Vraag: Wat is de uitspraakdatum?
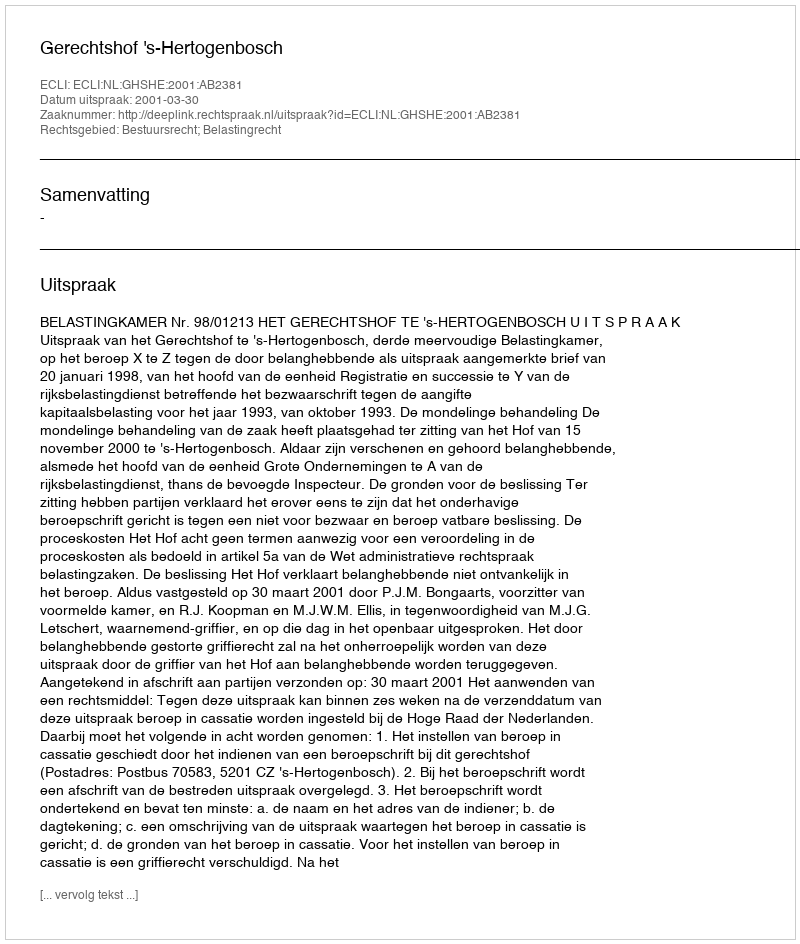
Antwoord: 2001-03-30